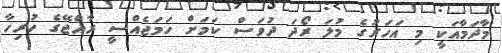
މާދަމާއަކީ މި އަހަރުގެ މުލަ ރޯދަ ދުވަސް ކަމަށް ހަމަޖެއްސީ ރާއްޖޭގެ ހުރިހާ